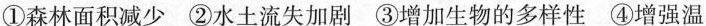
①森林面积减少 ②水土流失加剧 ③增加生物的多样性 ④增强温